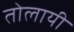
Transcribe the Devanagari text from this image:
तोलायी